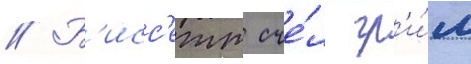
// Б'исс'етт сче́л гр'и́м